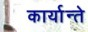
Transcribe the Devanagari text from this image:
कार्यान्ते